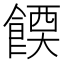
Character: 𫗔